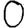
Digit: 0